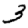
Digit: 3